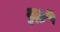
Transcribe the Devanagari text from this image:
बूढ़े़